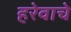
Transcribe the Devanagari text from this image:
हरेवाचे